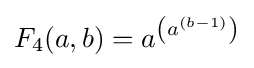
F_{4}(a,b)=a^{\left(a^{(b-1)}\right)}